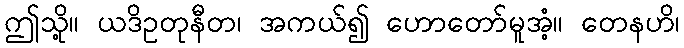
ဤသို့။ ယဒိဥတုနီတ၊ အကယ်၍ ဟောတော်မူအံ့။ တေနဟိ၊